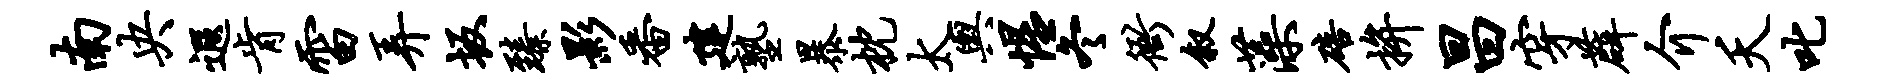
南央遐肯雷弄坂臻影番建塾暴枕太舆惺冬衙叙藻碚拚昌穿薜介夭叱